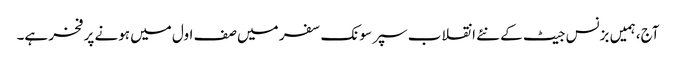
آج، ہمیں بزنس جیٹ کے نئے انقلاب سپر سونک سفر میں صف اول میں ہونے پر فخر ہے۔